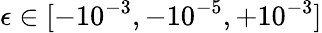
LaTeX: \epsilon\in[-10^{-3},-10^{-5},+10^{-3}]